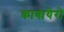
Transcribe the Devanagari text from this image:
काबायेरो